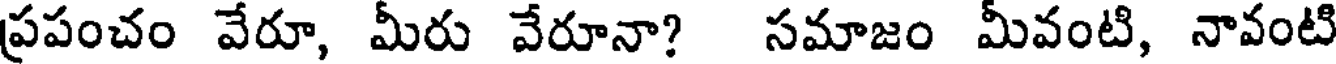
ప్రపంచం వేరూ, మీరు వేరూనా? సమాజం మీవంటి, నావంటి